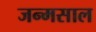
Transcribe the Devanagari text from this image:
जन्मसाल